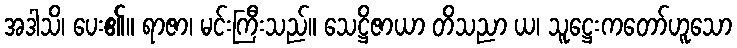
အဒါသိ၊ ပေး၏။ ရာဇာ၊ မင်းကြီးသည်။ သေဋ္ဌိဇာယာ တိသညာ ယ၊ သူဋ္ဌေးကတော်ဟူသော